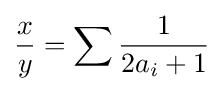
{\frac {x}{y}}=\sum {\frac {1}{2a_{i}+1}}